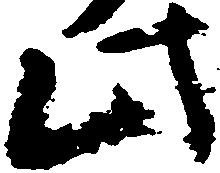
此